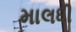
માલધી